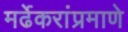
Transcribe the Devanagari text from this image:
मर्ढेकरांप्रमाणे